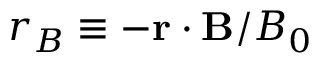
r _ { B } \equiv - \mathbf { r } \cdot \mathbf { B } / B _ { 0 }